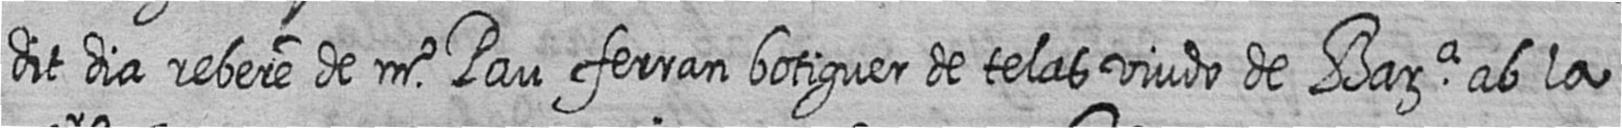
dit dia rebere de mr Pau ferran botiguer de telas viudo de Bara ab la